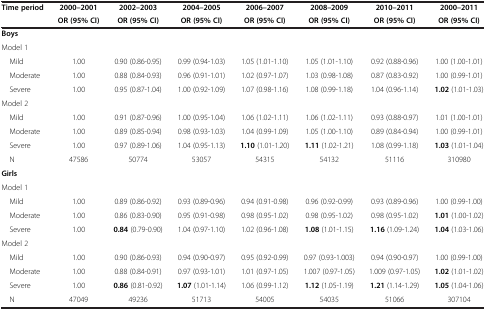
<table><thead><tr><td><b>Time period</b></td><td><b>2000–2001</b></td><td><b>2002–2003</b></td><td><b>2004–2005</b></td><td><b>2006–2007</b></td><td><b>2008–2009</b></td><td><b>2010–2011</b></td><td><b>2000–2011</b></td></tr><tr><td><b> </b></td><td><b>OR (95% CI)</b></td><td><b>OR (95% CI)</b></td><td><b>OR (95% CI)</b></td><td><b>OR (95% CI)</b></td><td><b>OR (95% CI)</b></td><td><b>OR (95% CI)</b></td><td><b>OR (95% CI)</b></td></tr></thead><tbody><tr><td><b>Boys</b></td><td> </td><td> </td><td> </td><td> </td><td> </td><td> </td><td> </td></tr><tr><td>Model 1</td><td> </td><td> </td><td> </td><td> </td><td> </td><td> </td><td> </td></tr><tr><td> Mild</td><td>1.00</td><td>0.90 (0.86-0.95)</td><td>0.99 (0.94-1.03)</td><td>1.05 (1.01-1.10)</td><td>1.05 (1.01-1.10)</td><td>0.92 (0.88-0.96)</td><td>1.00 (1.00-1.01)</td></tr><tr><td> Moderate</td><td>1.00</td><td>0.88 (0.84-0.93)</td><td>0.96 (0.91-1.01)</td><td>1.02 (0.97-1.07)</td><td>1.03 (0.98-1.08)</td><td>0.87 (0.83-0.92)</td><td>1.00 (0.99-1.01)</td></tr><tr><td> Severe</td><td>1.00</td><td>0.95 (0.87-1.04)</td><td>1.00 (0.92-1.09)</td><td>1.07 (0.98-1.16)</td><td>1.08 (0.99-1.18)</td><td>1.04 (0.96-1.14)</td><td><b>1.02</b> (1.01-1.03)</td></tr><tr><td>Model 2</td><td> </td><td> </td><td> </td><td> </td><td> </td><td> </td><td> </td></tr><tr><td> Mild</td><td>1.00</td><td>0.91 (0.87-0.96)</td><td>1.00 (0.95-1.04)</td><td>1.06 (1.02-1.11)</td><td>1.06 (1.02-1.11)</td><td>0.93 (0.88-0.97)</td><td>1.01 (1.00-1.01)</td></tr><tr><td> Moderate</td><td>1.00</td><td>0.89 (0.85-0.94)</td><td>0.98 (0.93-1.03)</td><td>1.04 (0.99-1.09)</td><td>1.05 (1.00-1.10)</td><td>0.89 (0.84-0.94)</td><td>1.00 (0.99-1.01)</td></tr><tr><td> Severe</td><td>1.00</td><td>0.97 (0.89-1.06)</td><td>1.04 (0.95-1.13)</td><td><b>1.10</b> (1.01-1.20)</td><td><b>1.11</b> (1.02-1.21)</td><td>1.08 (0.99-1.18)</td><td><b>1.03</b> (1.01-1.04)</td></tr><tr><td> N</td><td>47586</td><td>50774</td><td>53057</td><td>54315</td><td>54132</td><td>51116</td><td>310980</td></tr><tr><td><b>Girls</b></td><td> </td><td> </td><td> </td><td> </td><td> </td><td> </td><td> </td></tr><tr><td>Model 1</td><td> </td><td> </td><td> </td><td> </td><td> </td><td> </td><td> </td></tr><tr><td> Mild</td><td>1.00</td><td>0.89 (0.86-0.92)</td><td>0.93 (0.89-0.96)</td><td>0.94 (0.91-0.98)</td><td>0.96 (0.92-0.99)</td><td>0.93 (0.89-0.96)</td><td>1.00 (0.99-1.00)</td></tr><tr><td> Moderate</td><td>1.00</td><td>0.86 (0.83-0.90)</td><td>0.95 (0.91-0.98)</td><td>0.98 (0.95-1.02)</td><td>0.98 (0.95-1.02)</td><td>0.98 (0.95-1.02)</td><td><b>1.01</b> (1.00-1.02)</td></tr><tr><td> Severe</td><td>1.00</td><td><b>0.84</b> (0.79-0.90)</td><td>1.04 (0.97-1.10)</td><td>1.02 (0.96-1.08)</td><td><b>1.08</b> (1.01-1.15)</td><td><b>1.16</b> (1.09-1.24)</td><td><b>1.04</b> (1.03-1.06)</td></tr><tr><td>Model 2</td><td> </td><td> </td><td> </td><td> </td><td> </td><td> </td><td> </td></tr><tr><td> Mild</td><td>1.00</td><td>0.90 (0.86-0.93)</td><td>0.94 (0.90-0.97)</td><td>0.95 (0.92-0.99)</td><td>0.97 (0.93-1.003)</td><td>0.94 (0.90-0.97)</td><td>1.00 (0.99-1.00)</td></tr><tr><td> Moderate</td><td>1.00</td><td>0.88 (0.84-0.91)</td><td>0.97 (0.93-1.01)</td><td>1.01 (0.97-1.05)</td><td>1.007 (0.97-1.05)</td><td>1.009 (0.97-1.05)</td><td><b>1.02</b> (1.01-1.02)</td></tr><tr><td> Severe</td><td>1.00</td><td><b>0.86</b> (0.81-0.92)</td><td><b>1.07</b> (1.01-1.14)</td><td>1.06 (0.99-1.12)</td><td><b>1.12</b> (1.05-1.19)</td><td><b>1.21</b> (1.14-1.29)</td><td><b>1.05</b> (1.04-1.06)</td></tr><tr><td> N</td><td>47049</td><td>49236</td><td>51713</td><td>54005</td><td>54035</td><td>51066</td><td>307104</td></tr></tbody></table>